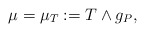
\begin{align*}\mu=\mu_T:=T\wedge g_P,\end{align*}